65_HS1-834228961_62-HQ-83894_Section_5
Agency: FBI
Page 9
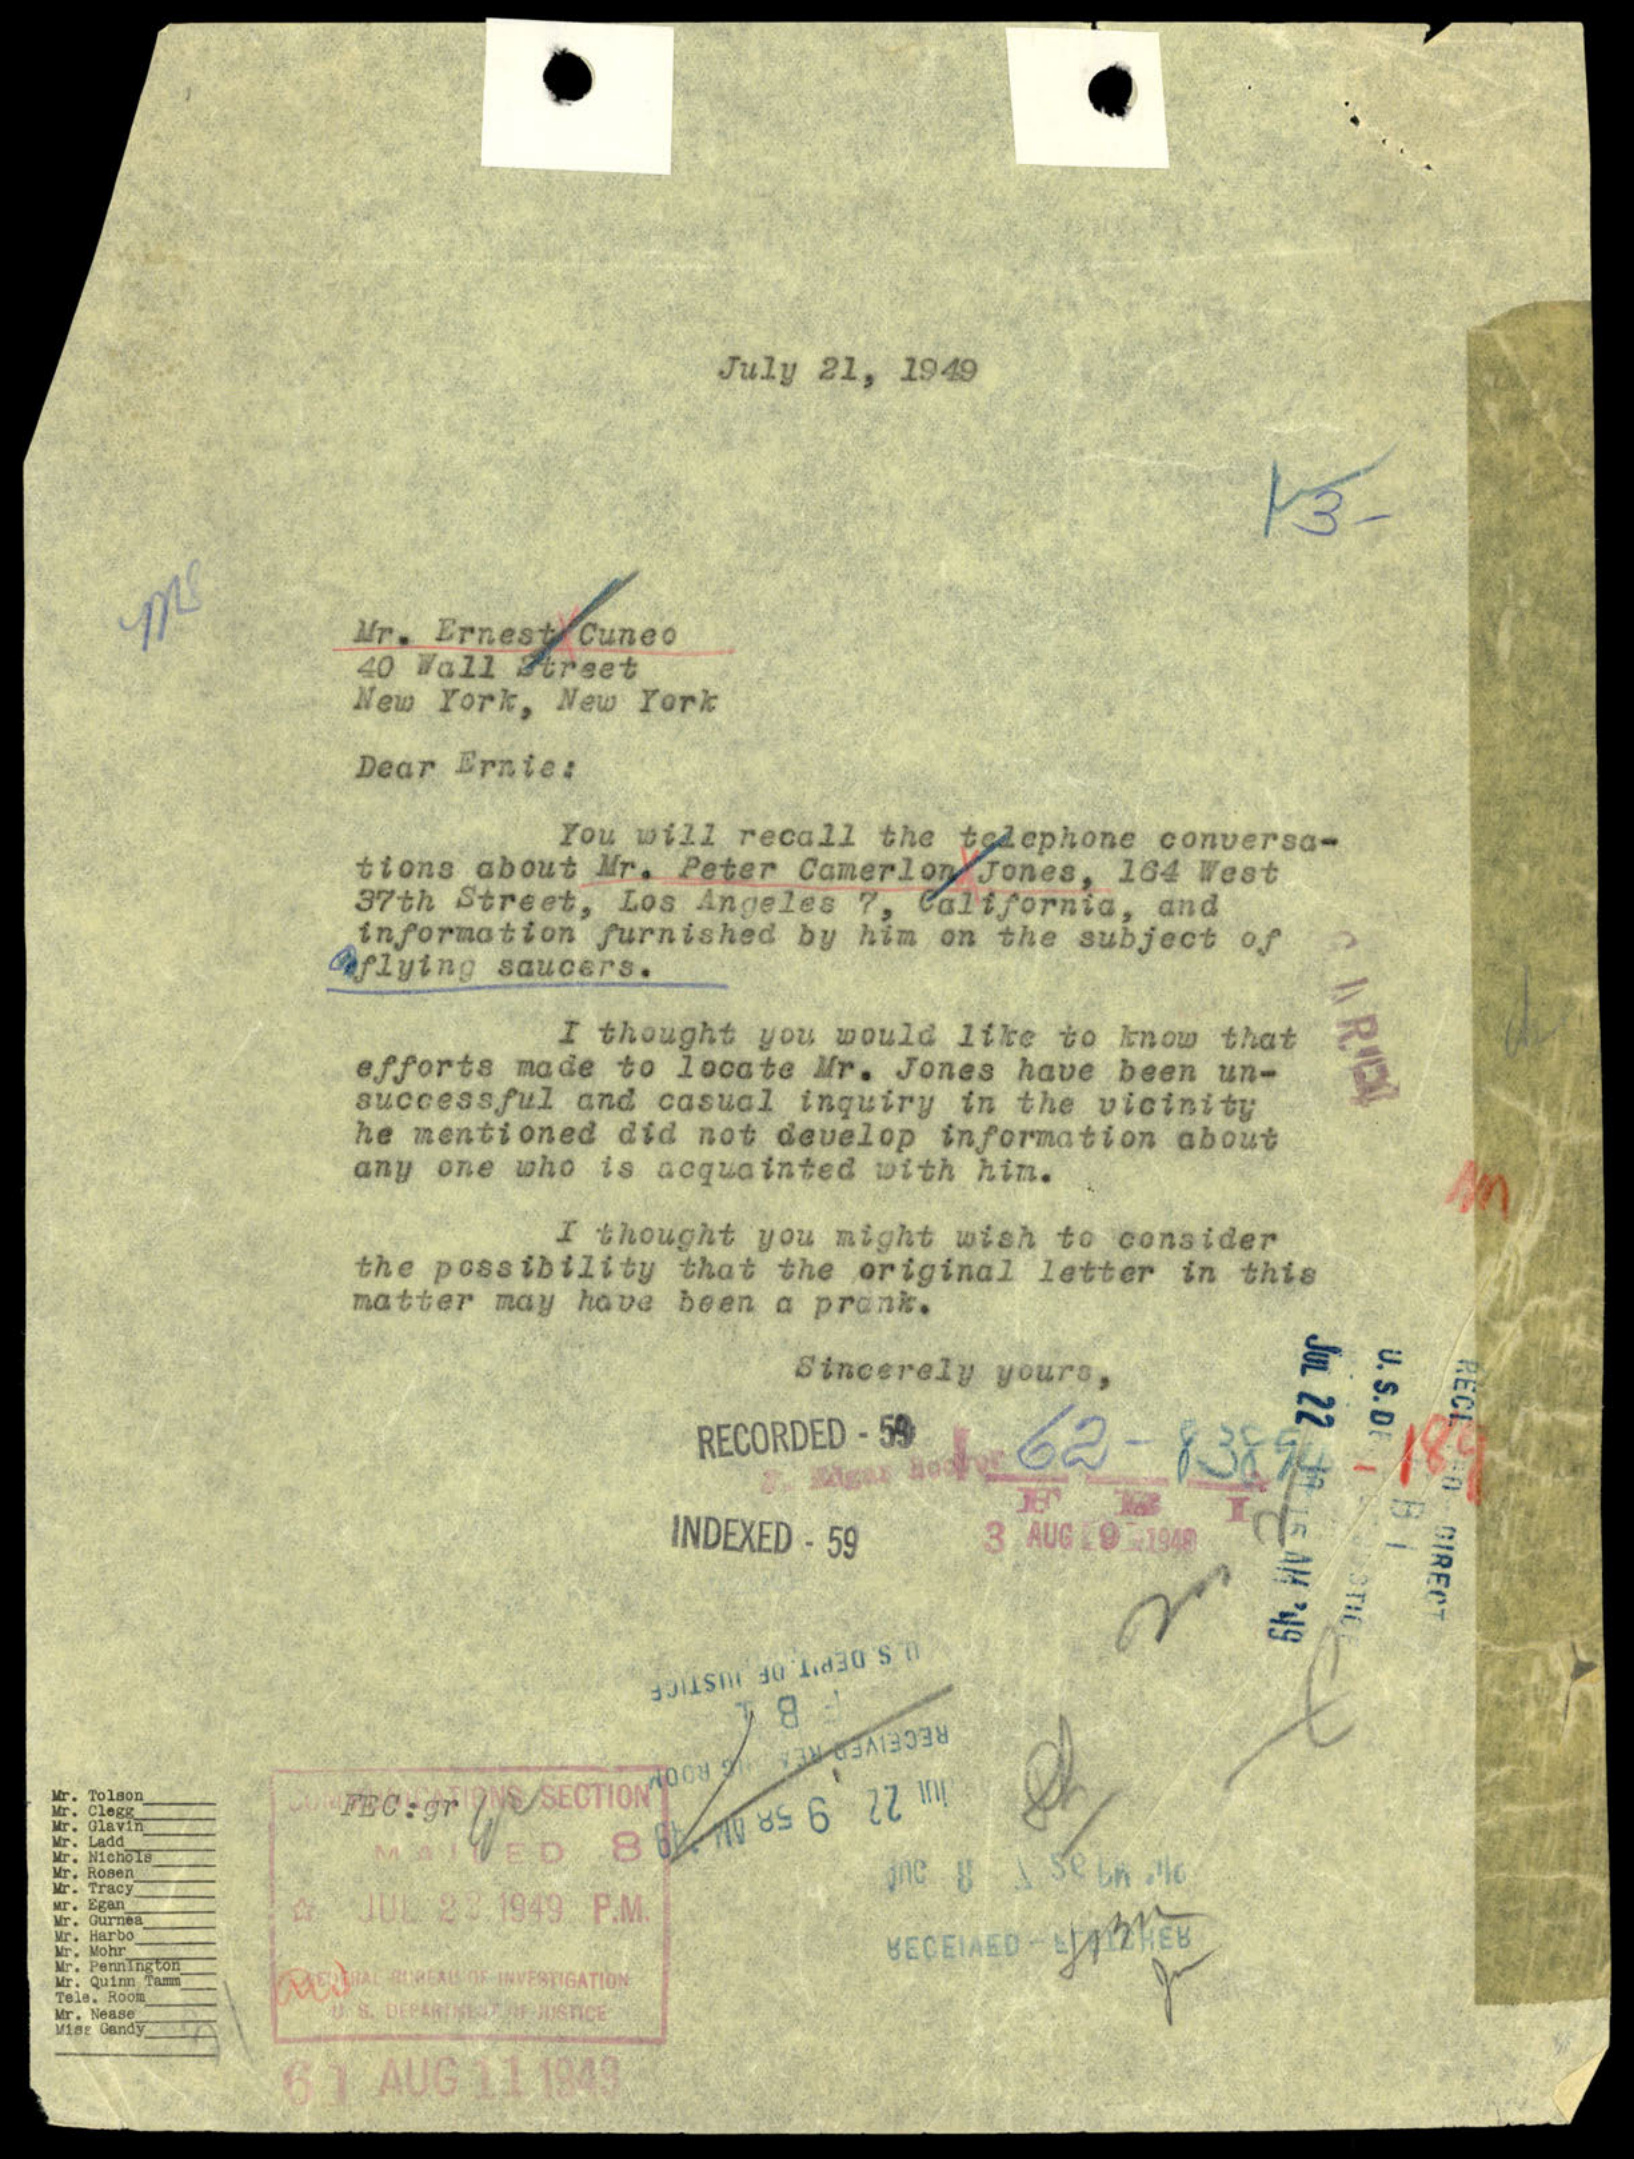